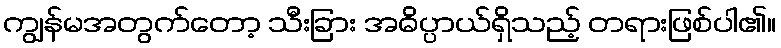
ကျွန်မအတွက်တော့ သီးခြား အဓိပ္ပာယ်ရှိသည့် တရားဖြစ်ပါ၏။